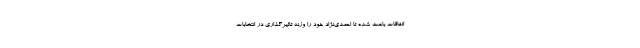
اتفاقات باعث شده تا احمدی‌نژاد خود را وزنه تاثیرگذاری در انتخابات